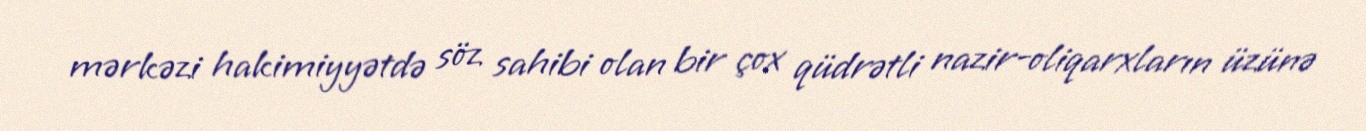
mərkəzi hakimiyyətdə söz sahibi olan bir çox qüdrətli nazir-oliqarxların üzünə